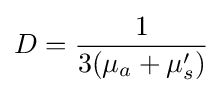
D={\frac {1}{3(\mu _{a}+\mu _{s}')}}